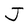
Character: J